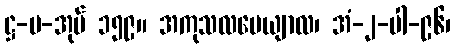
ဋ္ဌ-ပ-အုပ် ၁၅၉။ အကုသလပေယျာလ၊ အံ-၂-ပါ-၉၆၊